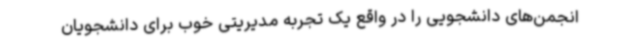
انجمن‌های دانشجویی را در واقع یک تجربه مدیریتی خوب برای دانشجویان